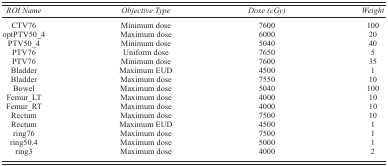
<table><thead><tr><td><b><i>ROI Name</i></b></td><td><b><i>Objective Type</i></b></td><td><b><i>Dose (cGy)</i></b></td><td><b><i>Weight</i></b></td></tr></thead><tbody><tr><td>CTV76</td><td>Minimum dose</td><td>7600</td><td>100</td></tr><tr><td>optPTV50_4</td><td>Maximum dose</td><td>6000</td><td>20</td></tr><tr><td>PTV50_4</td><td>Minimum dose</td><td>5040</td><td>40</td></tr><tr><td>PTV76</td><td>Uniform dose</td><td>7650</td><td>5</td></tr><tr><td>PTV76</td><td>Minimum dose</td><td>7600</td><td>35</td></tr><tr><td>Bladder</td><td>Maximum EUD</td><td>4500</td><td>1</td></tr><tr><td>Bladder</td><td>Maximum dose</td><td>7550</td><td>10</td></tr><tr><td>Bowel</td><td>Maximum dose</td><td>5040</td><td>100</td></tr><tr><td>Femur_LT</td><td>Maximum dose</td><td>4000</td><td>10</td></tr><tr><td>Femur_RT</td><td>Maximum dose</td><td>4000</td><td>10</td></tr><tr><td>Rectum</td><td>Maximum dose</td><td>7500</td><td>10</td></tr><tr><td>Rectum</td><td>Maximum EUD</td><td>4500</td><td>1</td></tr><tr><td>ring76</td><td>Maximum dose</td><td>7500</td><td>1</td></tr><tr><td>ring50.4</td><td>Maximum dose</td><td>5000</td><td>1</td></tr><tr><td>ring3</td><td>Maximum dose</td><td>4000</td><td>2</td></tr></tbody></table>